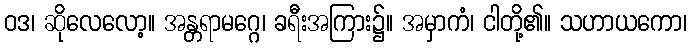
ဝဒ၊ ဆိုလေလော့။ အန္တရာမဂ္ဂေ၊ ခရီးအကြား၌။ အမှာကံ၊ ငါတို့၏။ သဟာယကော၊